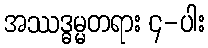
အဿဒ္ဓမ္မတရား ၄-ပါး